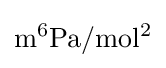
\mathrm {m^{6}Pa/mol^{2}}